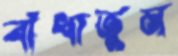
বাঁধাতুম